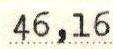
46,16